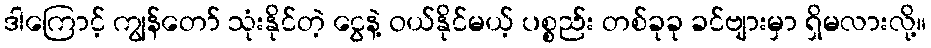
ဒါကြောင့် ကျွန်တော် သုံးနိုင်တဲ့ ငွေနဲ့ ဝယ်နိုင်မယ့် ပစ္စည်း တစ်ခုခု ခင်ဗျားမှာ ရှိမလားလို့။